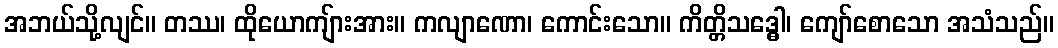
အဘယ်သို့လျင်။ တဿ၊ ထိုယောကျ်ားအား။ ကလျာဏော၊ ကောင်းသော။ ကိတ္တိသဒ္ဓေါ၊ ကျော်စောသော အသံသည်။